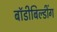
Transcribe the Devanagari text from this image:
बॉडीबिल्डींग